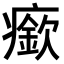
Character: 𤺰